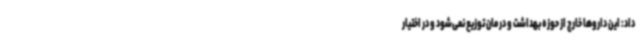
داد: این داروها خارج از حوزه بهداشت و درمان توزیع نمی‌شود و در اختیار